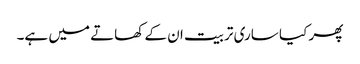
پھر کیا ساری تربیت ان کے کھاتے میں ہے۔